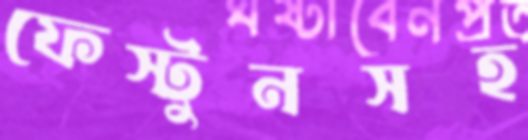
ফেস্টুনসহ